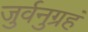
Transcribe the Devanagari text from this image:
जुर्वनुग्रहं